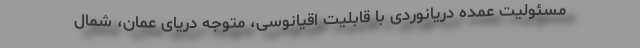
مسئولیت عمده دریانوردی با قابلیت اقیانوسی، متوجه دریای عمان، شمال